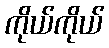
ကိုယ်ကိုယ်